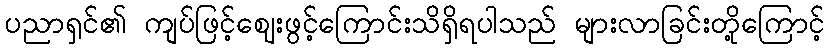
ပညာရှင်၏ ကျပ်ဖြင့်ဈေးဖွင့်ကြောင်းသိရှိရပါသည် များလာခြင်းတို့ကြောင့်